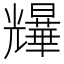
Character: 𫤨